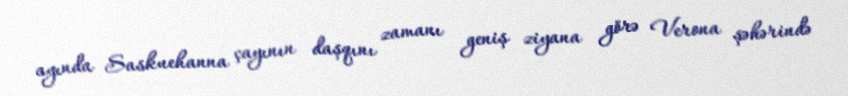
ayında Saskuehanna çayının daşqını zamanı geniş ziyana görə Verona şəhərində